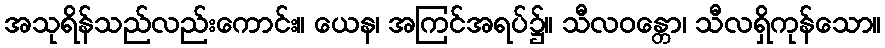
အသုရိန်သည်လည်းကောင်း။ ယေန၊ အကြင်အရပ်၌။ သီလဝန္တော၊ သီလရှိကုန်သော။